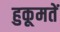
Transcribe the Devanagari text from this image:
हुकूमतें